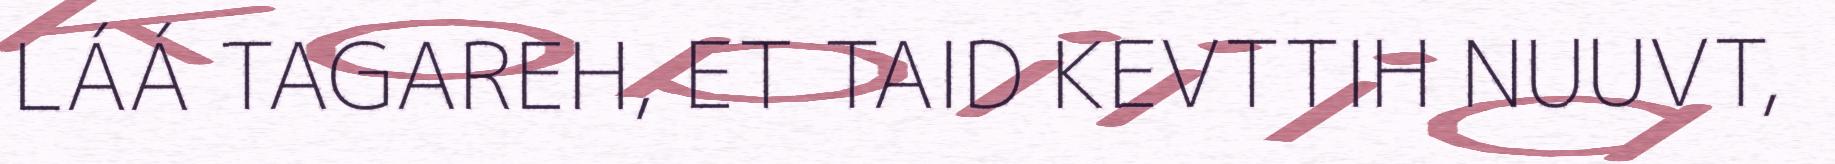
LÁÁ TAGAREH, ET TAID KEVTTIH NUUVT,